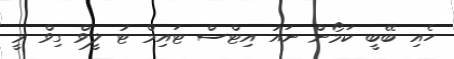
ހެއި ބޭބީ ކަމޯން ނައު އިޓްސް ޓައިމް ޓު ލީވް ގިވް މީ